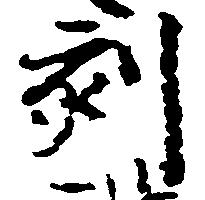
刻